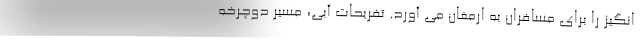
انگیز را برای مسافران به ارمغان می آورد. تفریحات آبی، مسیر دوچرخه